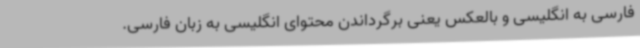
فارسی به انگلیسی و بالعکس یعنی برگرداندن محتوای انگلیسی به زبان فارسی.